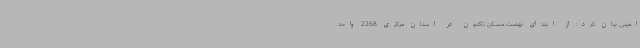
امینی بیان کرد: از ابتدای نهضت مسکن تاکنون در استان مرکزی 2268 واحد